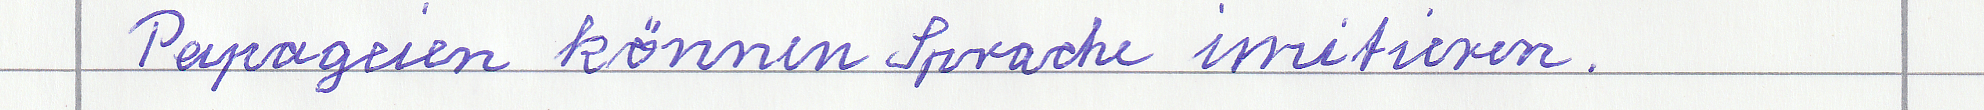
Papageien können Sprache imitieren.